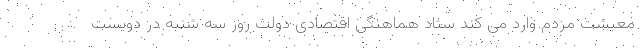
معیشت مردم وارد می کند ستاد هماهنگی اقتصادی دولت روز سه شنبه در دویست